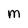
Character: M